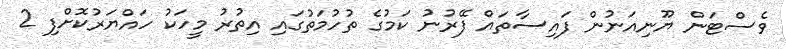
ވެސްޓަން ޔޫނިއަނުން ފައިސާތައް ފޭރުނު ކަމުގެ ތުހުމަތުގައި އިތުރު މީހަކު ހައްޔަރުކޮށްފި 2